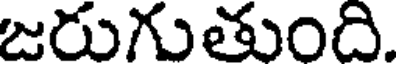
జరుగుతుంది.